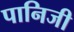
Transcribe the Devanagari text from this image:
पानिजी